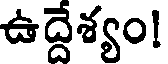
ఉద్దేశ్యం!